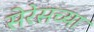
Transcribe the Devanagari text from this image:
सेरेसच्या